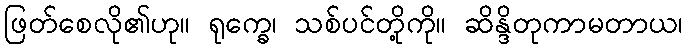
ဖြတ်စေလို၏ဟု။ ရုက္ခေ၊ သစ်ပင်တို့ကို။ ဆိန္ဒိတုကာမတာယ၊